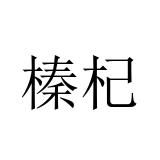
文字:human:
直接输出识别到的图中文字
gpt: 榛杞